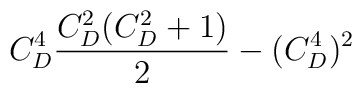
C_D^4 {C_D^2(C_D^2+1)\over 2} - (C_D^4)^2